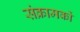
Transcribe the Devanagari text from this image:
संक्रामकों